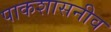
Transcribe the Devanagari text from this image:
पाकशासनीव